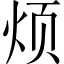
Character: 烦